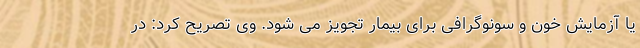
یا آزمایش خون و سونوگرافی برای بیمار تجویز می شود. وی تصریح کرد: در